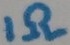
Text: 1Ω